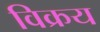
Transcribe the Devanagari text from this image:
विक्रय